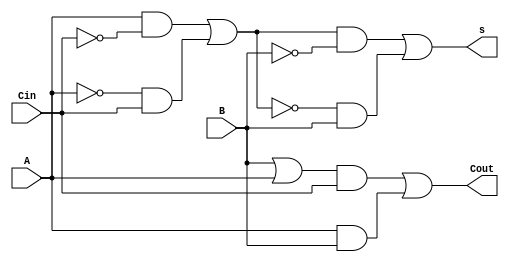

// Copyright (C) 1991-2015 Altera Corporation. All rights reserved.
// Your use of Altera Corporation's design tools, logic functions 
// and other software and tools, and its AMPP partner logic 
// functions, and any output files from any of the foregoing 
// (including device programming or simulation files), and any 
// associated documentation or information are expressly subject 
// to the terms and conditions of the Altera Program License 
// Subscription Agreement, the Altera Quartus II License Agreement,
// the Altera MegaCore Function License Agreement, or other 
// applicable license agreement, including, without limitation, 
// that your use is for the sole purpose of programming logic 
// devices manufactured by Altera and sold by Altera or its 
// authorized distributors.  Please refer to the applicable 
// agreement for further details.

// PROGRAM		"Quartus II 64-Bit"
// VERSION		"Version 15.0.0 Build 145 04/22/2015 SJ Web Edition"
// CREATED		"Wed Oct  4 19:27:08 2017"

module OneBitAdder(
	A,
	B,
	Cin,
	s,
	Cout
);


input wire	A;
input wire	B;
input wire	Cin;
output wire	s;
output wire	Cout;

wire	SYNTHESIZED_WIRE_0;
wire	SYNTHESIZED_WIRE_13;
wire	SYNTHESIZED_WIRE_3;
wire	SYNTHESIZED_WIRE_4;
wire	SYNTHESIZED_WIRE_5;
wire	SYNTHESIZED_WIRE_6;
wire	SYNTHESIZED_WIRE_7;
wire	SYNTHESIZED_WIRE_8;
wire	SYNTHESIZED_WIRE_9;
wire	SYNTHESIZED_WIRE_10;
wire	SYNTHESIZED_WIRE_11;
wire	SYNTHESIZED_WIRE_12;




assign	SYNTHESIZED_WIRE_8 = A & B;

assign	SYNTHESIZED_WIRE_7 = SYNTHESIZED_WIRE_0 & Cin;

assign	SYNTHESIZED_WIRE_4 =  ~SYNTHESIZED_WIRE_13;

assign	SYNTHESIZED_WIRE_5 = SYNTHESIZED_WIRE_13 & SYNTHESIZED_WIRE_3;

assign	SYNTHESIZED_WIRE_6 = SYNTHESIZED_WIRE_4 & B;

assign	s = SYNTHESIZED_WIRE_5 | SYNTHESIZED_WIRE_6;

assign	SYNTHESIZED_WIRE_0 = B | A;

assign	Cout = SYNTHESIZED_WIRE_7 | SYNTHESIZED_WIRE_8;

assign	SYNTHESIZED_WIRE_9 =  ~A;

assign	SYNTHESIZED_WIRE_10 =  ~Cin;

assign	SYNTHESIZED_WIRE_12 = SYNTHESIZED_WIRE_9 & Cin;

assign	SYNTHESIZED_WIRE_11 = A & SYNTHESIZED_WIRE_10;

assign	SYNTHESIZED_WIRE_13 = SYNTHESIZED_WIRE_11 | SYNTHESIZED_WIRE_12;

assign	SYNTHESIZED_WIRE_3 =  ~B;


endmodule